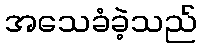
အသေခံခဲ့သည်